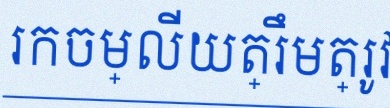
រកចម្លើយត្រឹមត្រូវ